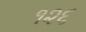
૧૨૬